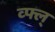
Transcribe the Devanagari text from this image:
व्फ्ल्